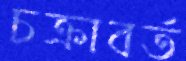
চক্রাবর্ত